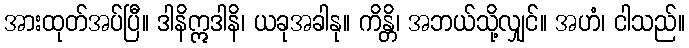
အားထုတ်အပ်ပြီ။ ဒါနိဣဒါနိ၊ ယခုအခါနု။ ကိန္တိ၊ အဘယ်သို့လျှင်။ အဟံ၊ ငါသည်။